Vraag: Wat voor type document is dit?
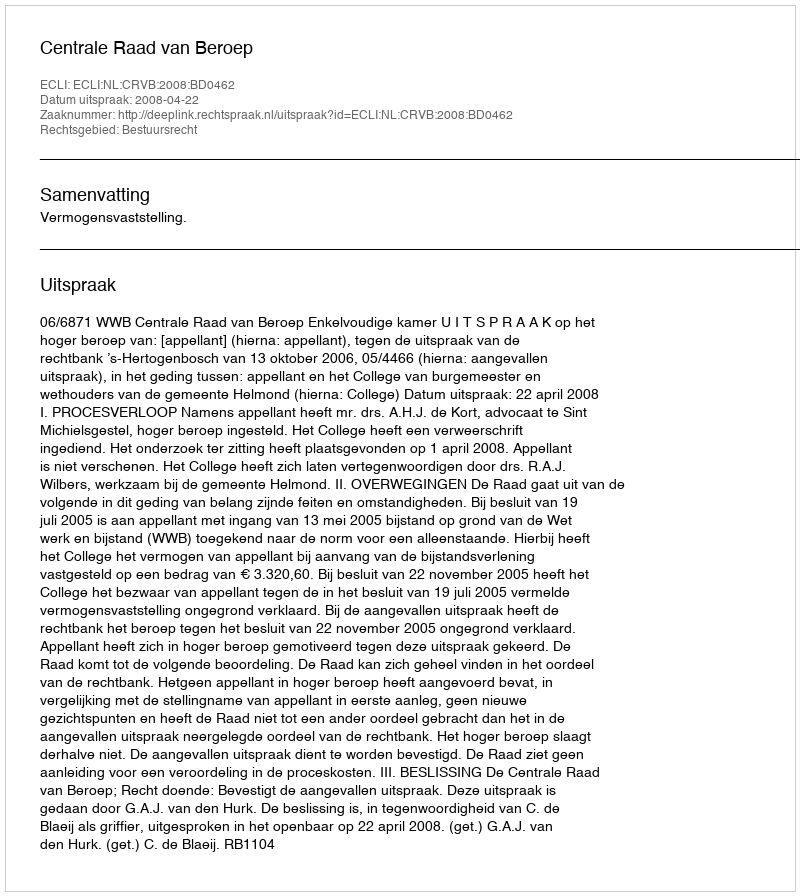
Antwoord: Uitspraak